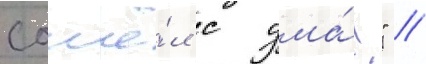
сошё́л с ума́!" //